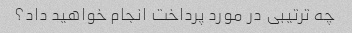
چه ترتیبی در مورد پرداخت انجام خواهید داد؟